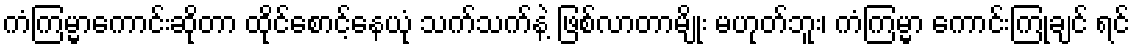
ကံကြမ္မာကောင်းဆိုတာ ထိုင်စောင့်နေယုံ သက်သက်နဲ့ ဖြစ်လာတာမျိုး မဟုတ်ဘူး၊ ကံကြမ္မာ ကောင်းကြုံချင် ရင်